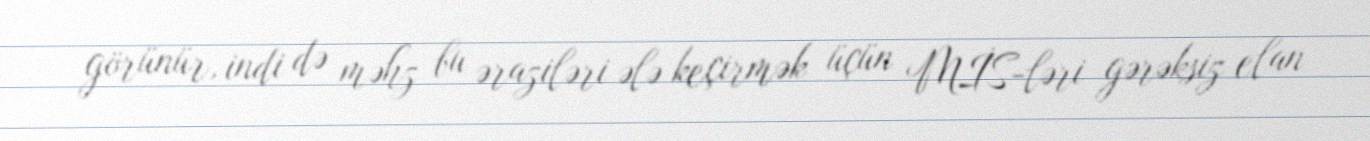
görünür, indi də məhz bu əraziləri ələ keçirmək üçün MİS-ləri gərəksiz elan